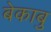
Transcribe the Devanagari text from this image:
बेकाबु